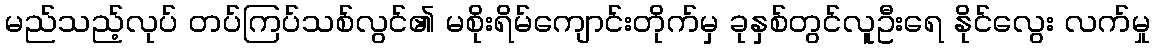
မည်သည့်လုပ် တပ်ကြပ်သစ်လွင်၏ မစိုးရိမ်ကျောင်းတိုက်မှ ခုနှစ်တွင်လူဦးရေ နိုင်လွေး လက်မှု